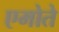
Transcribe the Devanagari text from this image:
एमोते